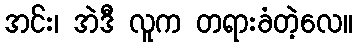
အင်း၊ အဲဒီ လူက တရားခံတဲ့လေ။